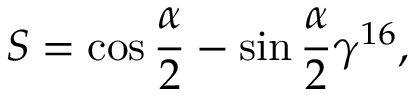
S = \cos \frac { \alpha } { 2 } - \sin \frac { \alpha } { 2 } \gamma ^ { 1 6 } ,